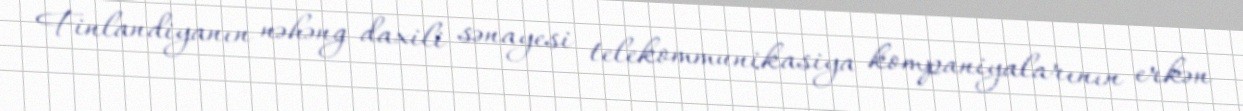
Finlandiyanın nəhəng daxili sənayesi telekommunikasiya kompaniyalarının erkən